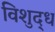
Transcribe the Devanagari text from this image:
विशुद्‍ध